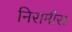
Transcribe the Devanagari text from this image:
निरामीस